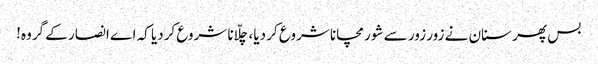
بس پھر سنان نے زور زور سے شور مچانا شروع کر دیا، چلّانا شروع کردیا کہ اے انصار کے گروہ!